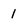
Character: 1